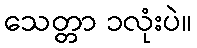
သေတ္တာ ၁လုံးပဲ။